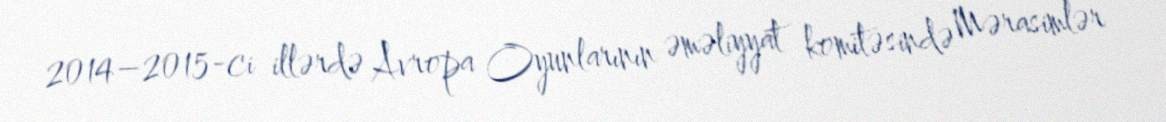
2014–2015-ci illərdə Avropa Oyunlarının əməliyyat komitəsində Mərasimlər